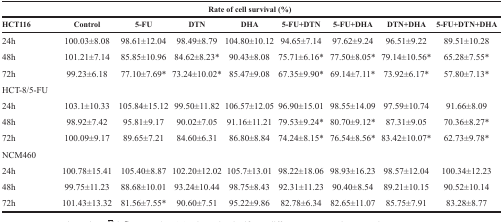
<table><thead><tr><td colspan="9"><b>Rate of cell survival (%)</b></td></tr><tr><td><b>HCT116</b></td><td><b>Control</b></td><td><b>5-FU</b></td><td><b>DTN</b></td><td><b>DHA</b></td><td><b>5-FU+DTN</b></td><td><b>5-FU+DHA</b></td><td><b>DTN+DHA</b></td><td><b>5-FU+DTN+DHA</b></td></tr></thead><tbody><tr><td>24h</td><td>100.03±8.08</td><td>98.61±12.04</td><td>98.49±8.79</td><td>104.80±10.12</td><td>94.65±7.14</td><td>97.62±9.24</td><td>96.51±9.22</td><td>89.51±10.28</td></tr><tr><td>48h</td><td>101.21±7.14</td><td>85.85±10.96</td><td>84.62±8.23*</td><td>90.43±8.08</td><td>75.71±6.16*</td><td>77.50±8.05*</td><td>79.14±10.56*</td><td>65.28±7.55*</td></tr><tr><td>72h</td><td>99.23±6.18</td><td>77.10±7.69*</td><td>73.24±10.02*</td><td>85.47±9.08</td><td>67.35±9.90*</td><td>69.14±7.11*</td><td>73.92±6.17*</td><td>57.80±7.13*</td></tr><tr><td>HCT-8/5-FU</td><td></td><td></td><td></td><td></td><td></td><td></td><td></td><td></td></tr><tr><td>24h</td><td>103.1±10.33</td><td>105.84±15.12</td><td>99.50±11.82</td><td>106.57±12.05</td><td>96.90±15.01</td><td>98.55±14.09</td><td>97.59±10.74</td><td>91.66±8.09</td></tr><tr><td>48h</td><td>98.92±7.42</td><td>95.81±9.17</td><td>90.02±7.05</td><td>91.16±11.21</td><td>79.53±9.24*</td><td>80.70±9.12*</td><td>87.31±9.05</td><td>70.36±8.27*</td></tr><tr><td>72h</td><td>100.09±9.17</td><td>89.65±7.21</td><td>84.60±6.31</td><td>86.80±8.84</td><td>74.24±8.15*</td><td>76.54±8.56*</td><td>83.42±10.07*</td><td>62.73±9.78*</td></tr><tr><td>NCM460</td><td></td><td></td><td></td><td></td><td></td><td></td><td></td><td></td></tr><tr><td>24h</td><td>100.78±15.41</td><td>105.40±8.87</td><td>102.20±12.02</td><td>105.7±13.01</td><td>98.22±18.06</td><td>98.93±16.23</td><td>98.57±12.04</td><td>100.34±12.23</td></tr><tr><td>48h</td><td>99.75±11.23</td><td>88.68±10.01</td><td>93.24±10.44</td><td>98.75±8.43</td><td>92.31±11.23</td><td>90.40±8.54</td><td>89.21±10.15</td><td>90.52±10.14</td></tr><tr><td>72h</td><td>101.43±13.32</td><td>81.56±7.55*</td><td>90.60±7.51</td><td>95.22±9.86</td><td>82.78±6.34</td><td>82.65±11.07</td><td>85.75±7.91</td><td>83.28±8.77</td></tr></tbody></table>